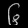
Digit: ၆